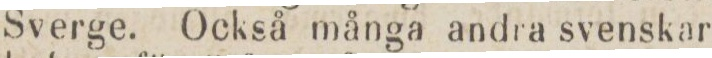
Sverge. Också många andra svenskar